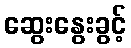
ဆွေးနွေးခွင့်